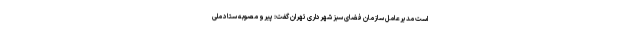
است مدیرعامل سازمان فضای سبز شهرداری تهران گفت: پیرو مصوبه ستاد ملی